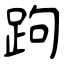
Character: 跔